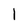
Character: 1